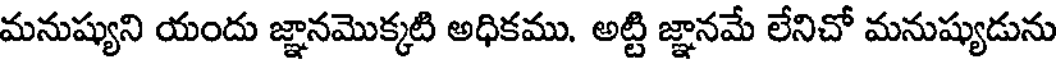
మనుష్యుని యందు జ్ఞానమొక్కటి అధికము. అట్టి జ్ఞానమే లేనిచో మనుష్యుడును